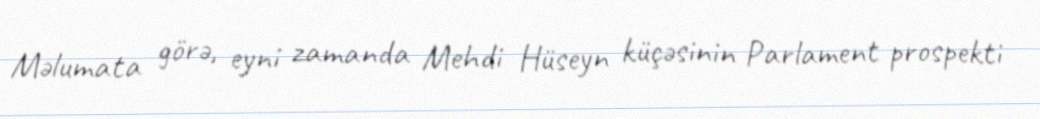
Məlumata görə, eyni zamanda Mehdi Hüseyn küçəsinin Parlament prospekti